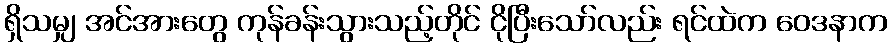
ရှိသမျှ အင်အားတွေ ကုန်ခန်းသွားသည့်တိုင် ငိုပြီးသော်လည်း ရင်ထဲက ဝေဒနာက